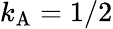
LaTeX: k_{\mathrm{{A}}}=1/2